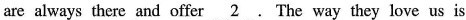
are always there and offer \underline{2} .The way they love us is